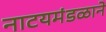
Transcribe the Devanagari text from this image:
नाटयमंडळाने